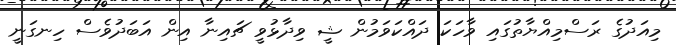
މިއަދުގެ ރަސްމިއްޔާތުގައި ވާހަކަ ދައްކަވަމުން ޝީ ވިދާޅުވީ ޗައިނާ އިން އަބަދުވެސް ހިނގަނީ